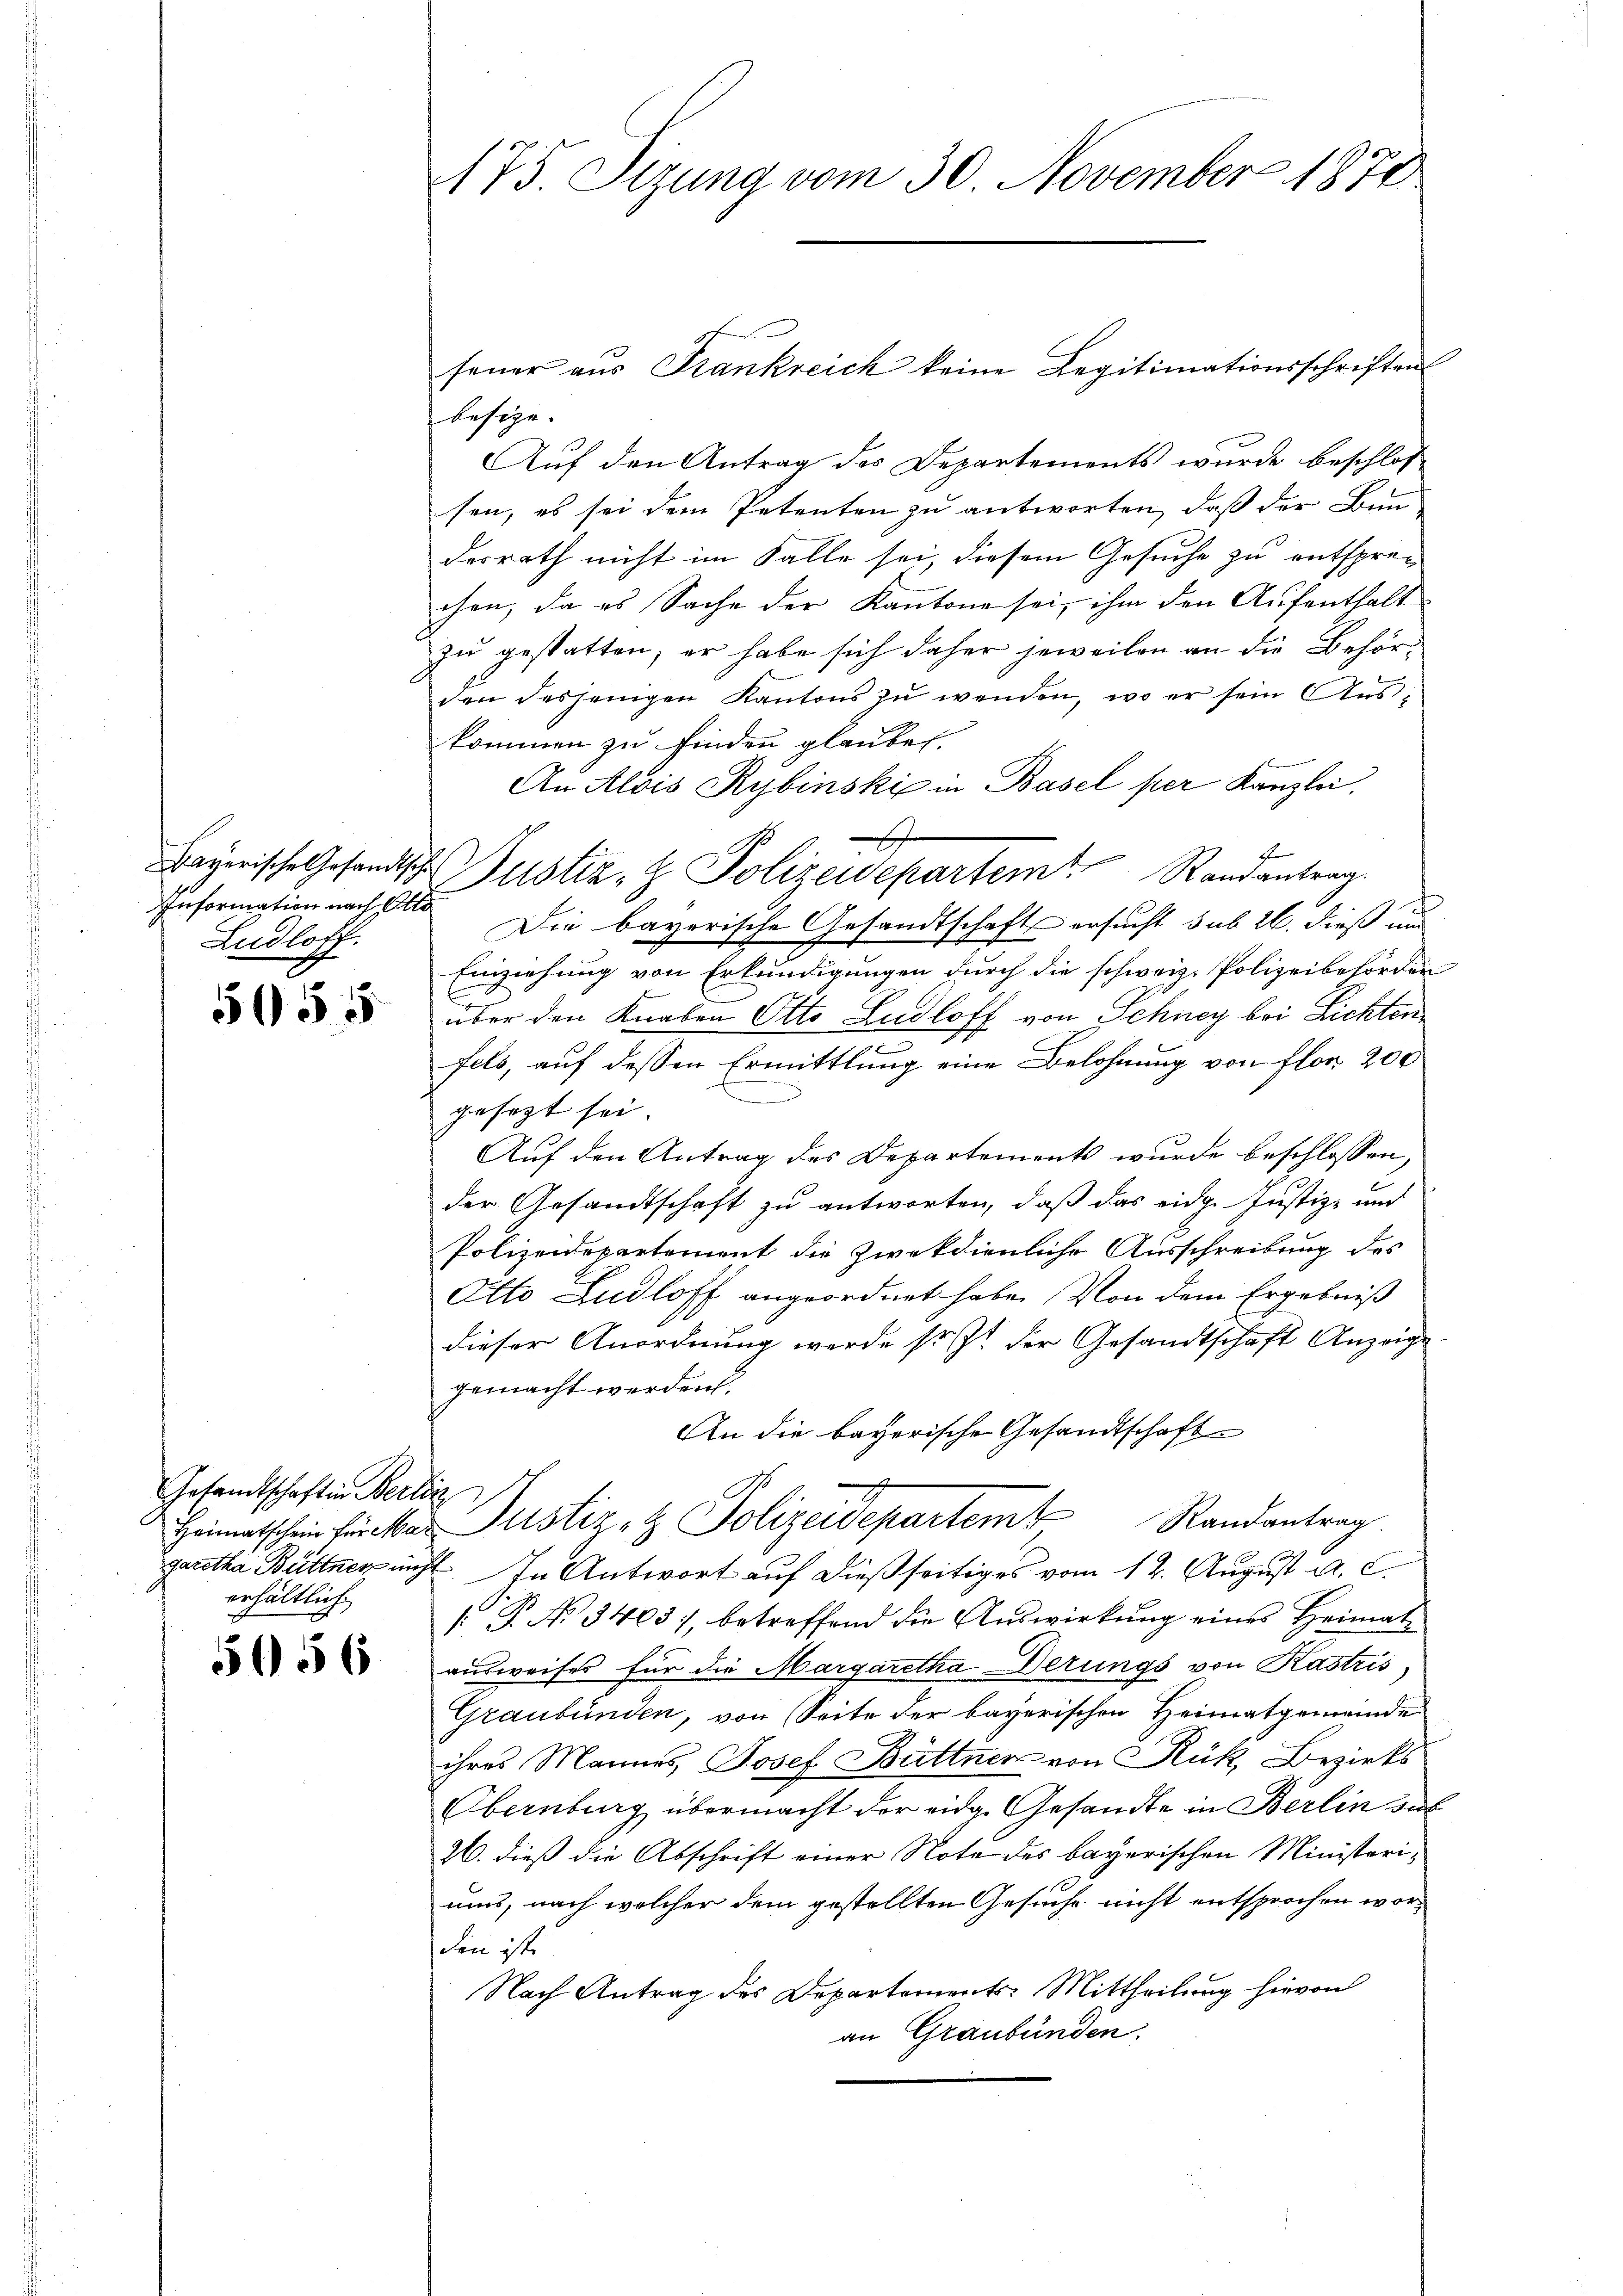
Information nach Otto
Ludloff.

555

Gesandtschaften Berlic
erhältlich.

5056

175. Sizung vom 30. November 1872.

feuer aus Frankreich keine Legitimationsschriften
besize. |
Auf den Antrag des Departements wurde beschlos-
sen, es sei dem Petenten zu antworten, daß der Bun-
desrath nicht im Falle sei, diesem Gesuche zu entspre-
chen, da es Sache der Kantone sei, ihm den Aufenthalt
zu gestatten; er habe sich daher jeweilen an die Behörden desjenigen Kantons zu wenden, wo er sein Auskommen zu finden glauben.
An Alois Rybinski in Basel per Kanzlei.

2
hayerische Gesandtsche Justiz- & Polizeidepartem Randantrag.
Die bayerische Gesandtschaft ersucht sub 26. dieß un
Einziehung von Erkundigungen durch die schweiz. Polizeibehörder
über den Knaben Otto Lidloff von Schney bei Lichten
fels, auf dessen Ermittlung eine Belohnung von flor 200
gesezt sei.
Auf den Antrag des Departements wurde beschlossen,
der Gesandtschaft zu antworten, daß das eidg. Justiz- und
Polizeidepartement die Zweckdienliche Ausschreibung des
Otto Lidloff angeordnet habe. Von dem Ergebniß
dieser Anordnung werde sr. Zt. der Gesandtschaft Anzeige
gemacht werden.
An die bayerische Gesandtschaft
Heimatschein Hunker Justiz- & Polizeidepartem Randantrag
garetha Büttner nicht. In Antwort auf dießseitiges vom 12. August a. c.
 P. No 3403), betreffend die Auswirkung eines Heimatausweises für die Margaretha Derungs von Kastris
Graubünden, von Seite der bayerischen Heimatgemeinde
ihres Mannes, Josef Büttner von Rük, Bezirks
Obernburg übermacht der eidg. Gesandte in Berlin aus
26. dieß die Abschrift einer Note des bayerischen Ministeriums, nach welcher dem gestellten Gesuche nicht entsprochen worden ist.
Nach Antrag des Departements: Mittheilung hievon
an Graubünden.